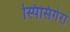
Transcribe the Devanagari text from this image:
स्पिसिगेरा